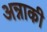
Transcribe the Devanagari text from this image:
अन्नाकी